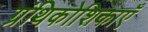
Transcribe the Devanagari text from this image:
ग्रंथिकोशिकाएँ